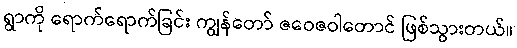
ရွာကို ရောက်ရောက်ခြင်း ကျွန်တော် ဇဝေဇဝါတောင် ဖြစ်သွားတယ်။